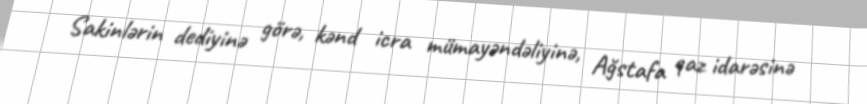
Sakinlərin dediyinə görə, kənd icra mümayəndəliyinə, Ağstafa qaz idarəsinə